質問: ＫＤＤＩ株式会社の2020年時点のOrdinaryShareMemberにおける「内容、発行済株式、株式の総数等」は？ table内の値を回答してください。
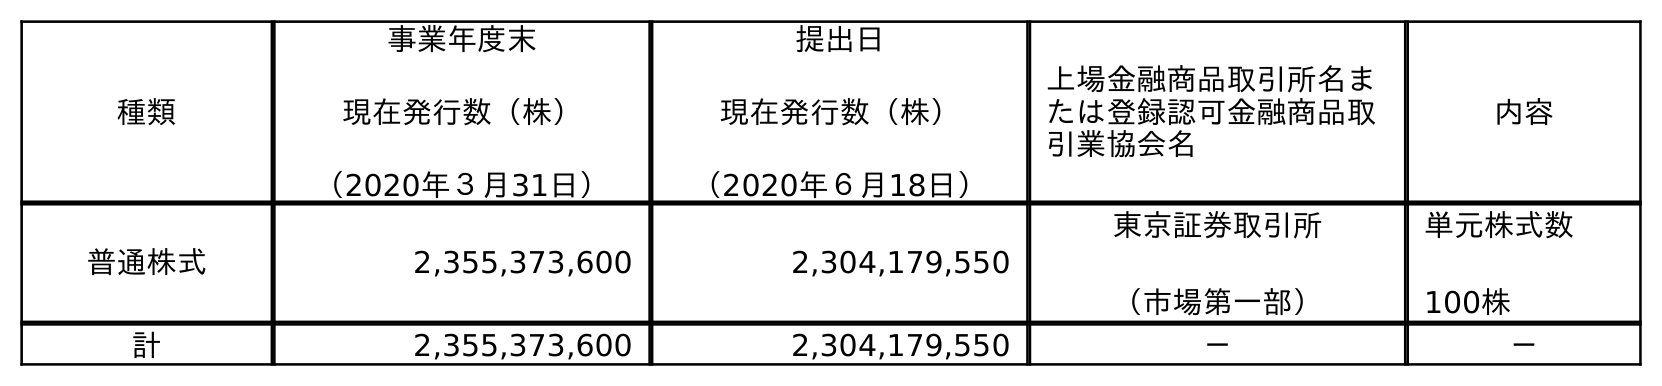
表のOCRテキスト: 種類 事業年度末 現在発行数（株） （2020年３月31日） 提出日 現在発行数（株） （2020年６月18日） 上場金融商品取引所名ま たは登録認可金融商品取 引業協会名 内容 普通株式 2,355,373,600 2,304,179,550 東京証券取引所 （市場第一部） 単元株式数 100株 計 2,355,373,600 2,304,179,550 － －
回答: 単元株式数100株